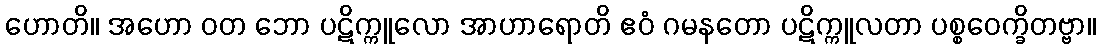
ဟောတိ။ အဟော ဝတ ဘော ပဋိက္ကူလော အာဟာရောတိ ဧဝံ ဂမနတော ပဋိက္ကူလတာ ပစ္စဝေက္ခိတဗ္ဗာ။